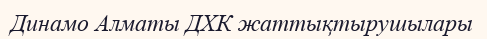
Динамо Алматы ДХК жаттықтырушылары